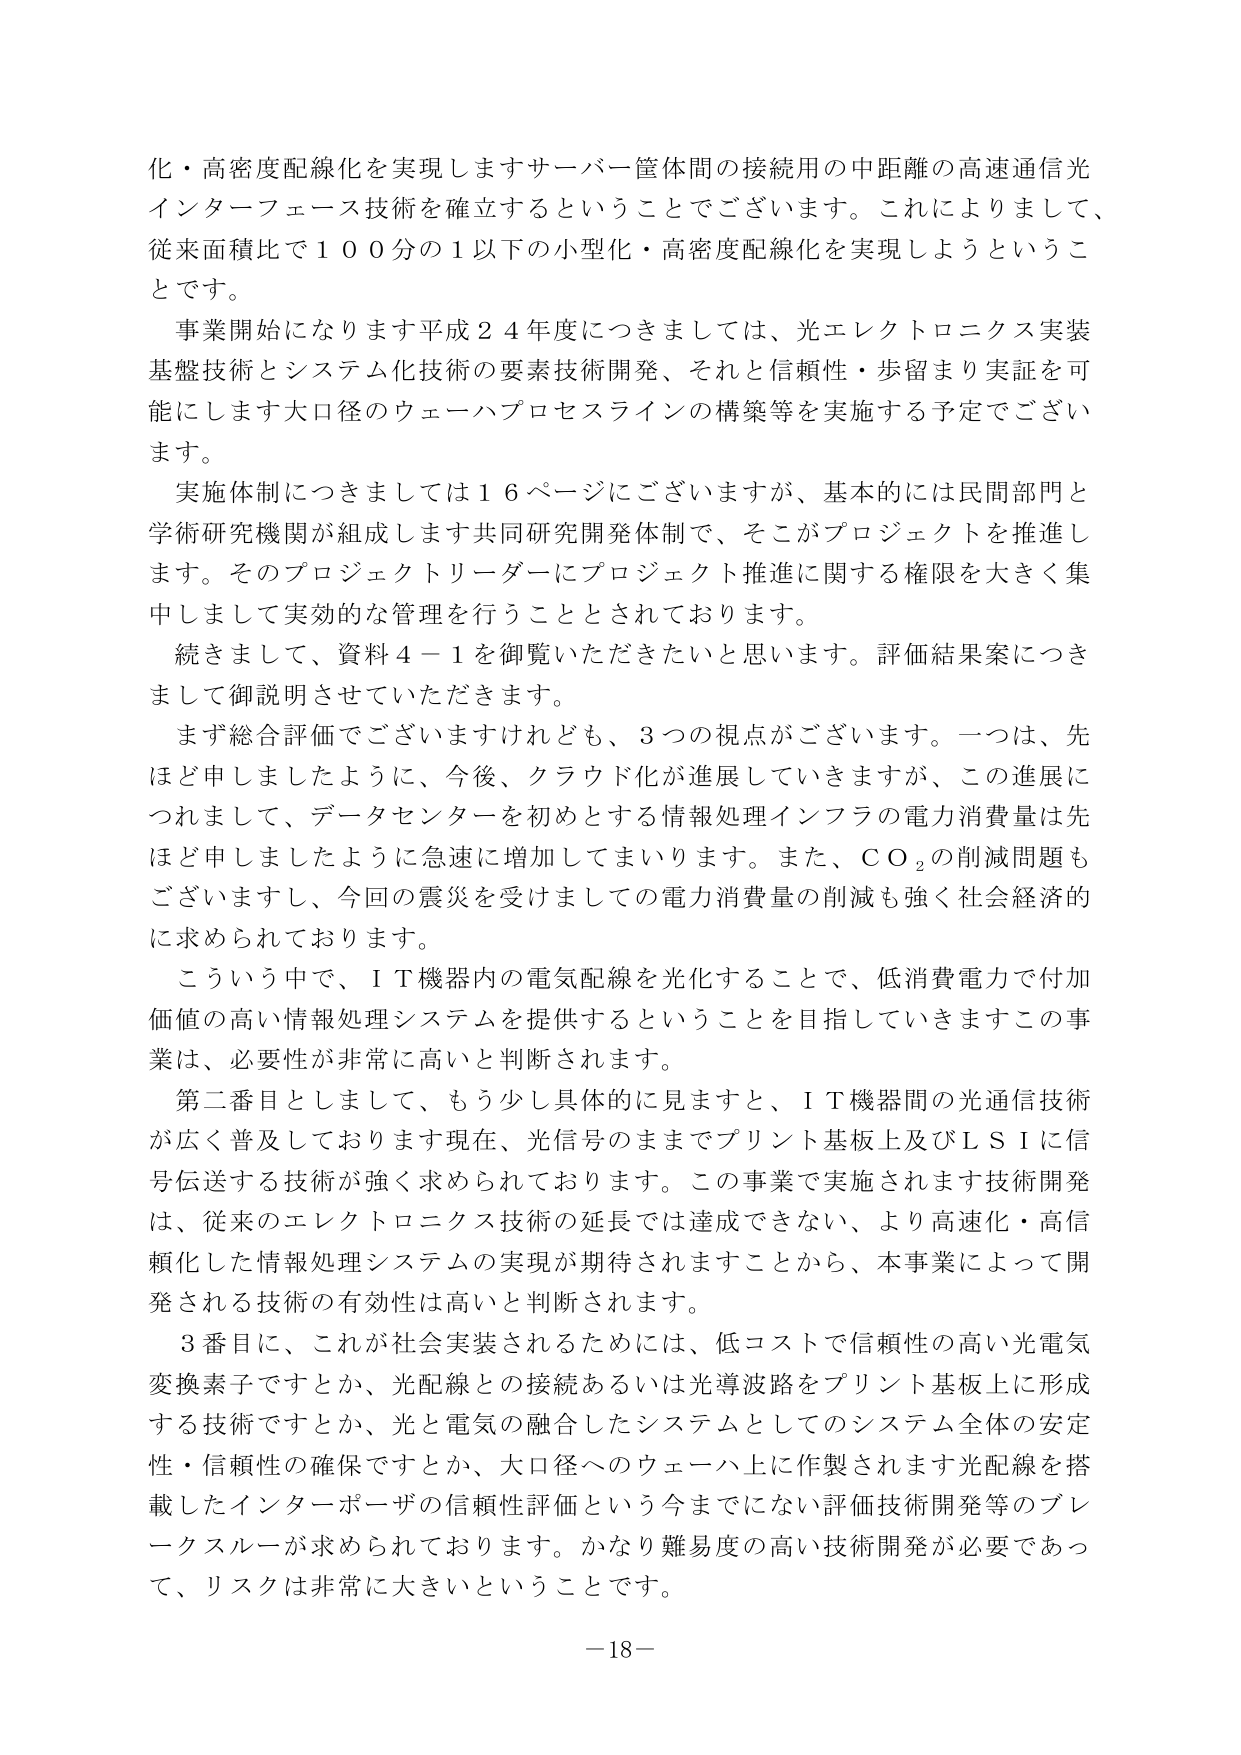
化・高密度配線化を実現しますサーバー筐体間の接続用の中距離の高速通信光インターフェース技術を確立するということでございます。これによりまして、従来面積比で１００分の１以下の小型化・高密度配線化を実現しようということです。

事業開始になります平成２４年度につきましては、光エレクトロニクス実装基盤技術とシステム化技術の要素技術開発、それと信頼性・歩留まり実証を可能にします大口径のウェーハプロセスラインの構築等を実施する予定でございます。

実施体制につきましては１６ページにございますが、基本的には民間部門と学術研究機関が組成します共同研究開発体制で、そこがプロジェクトを推進します。そのプロジェクトリーダーにプロジェクト推進に関する権限を大きく集中しまして実効的な管理を行うこととされております。

続きまして、資料４－１を御覧いただきたいと思います。評価結果案につきまして御説明させていただきます。

まず総合評価でございますけれども、３つの視点がございます。一つは、先ほど申しましたように、今後、クラウド化が進展していきますが、この進展につれまして、データセンターを初めとする情報処理インフラの電力消費量は先ほど申しましたように急速に増加してまいります。また、ＣＯ₂の削減問題もございますし、今回の震災を受けましての電力消費量の削減も強く社会経済的に求められております。

こういう中で、ＩＴ機器内の電気配線を光化することで、低消費電力で付加価値の高い情報処理システムを提供するということを目指していきますこの事業は、必要性が非常に高いと判断されます。

第二番目としまして、もう少し具体的に見ますと、ＩＴ機器間の光通信技術が広く普及しております現在、光信号のままでプリント基板上及びＬＳＩに信号伝送する技術が強く求められております。この事業で実施されます技術開発は、従来のエレクトロニクス技術の延長では達成できない、より高速化・高信頼化した情報処理システムの実現が期待されますことから、本事業によって開発される技術の有効性は高いと判断されます。

３番目に、これが社会実装されるためには、低コストで信頼性の高い光電気変換素子ですとか、光配線との接続あるいは光導波路をプリント基板上に形成する技術ですとか、光と電気の融合したシステムとしてのシステム全体の安定性・信頼性の確保ですとか、大口径へのウェーハ上に作製されます光配線を搭載したインターポーザの信頼性評価という今までにない評価技術開発等のブレークスルーが求められております。かなり難易度の高い技術開発が必要であって、リスクは非常に大きいということです。

－18－